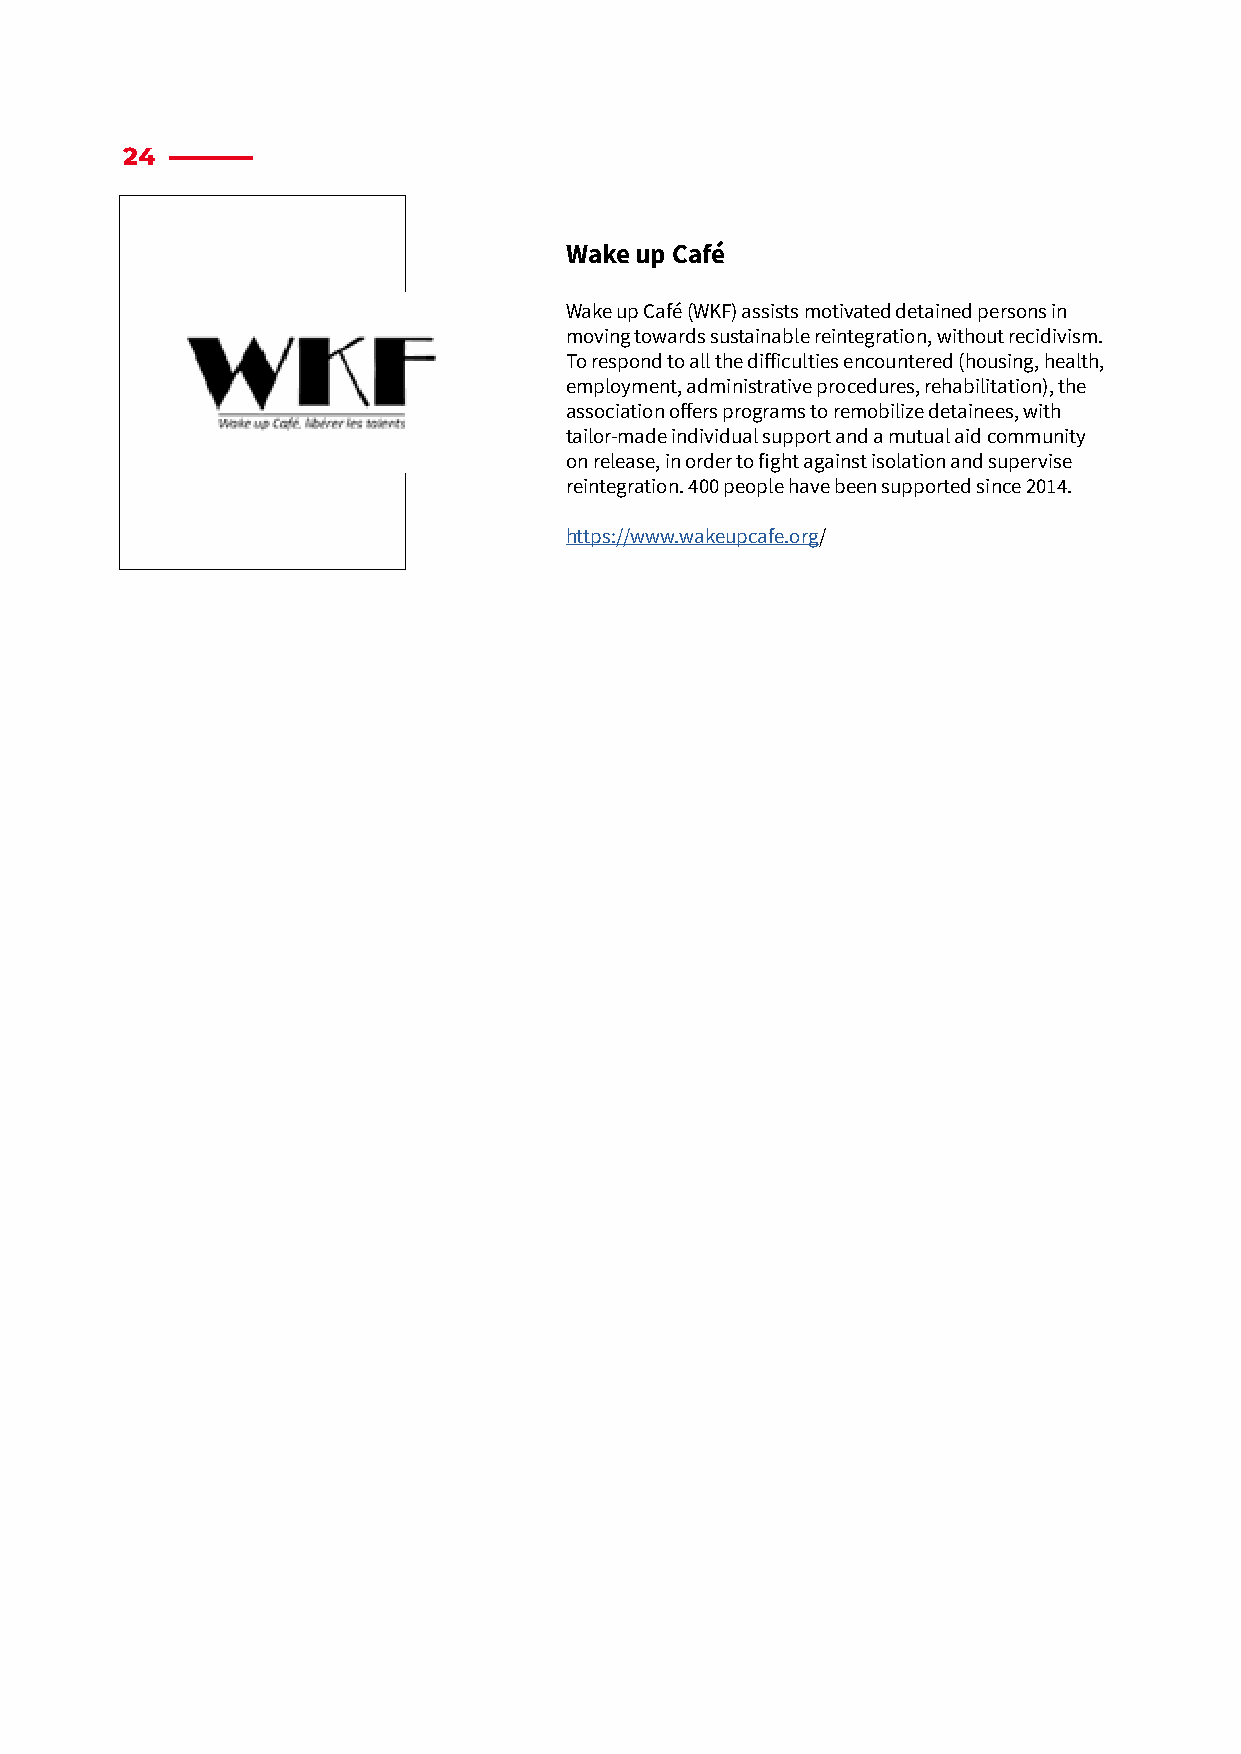
24
 Wake up Café
 Wake up Café (WKF) assists motivated detained persons in
 moving towards sustainable reintegration, without recidivism.
 To respond to all the difficulties encountered (housing, health,
 employment, administrative procedures, rehabilitation), the
 association offers programs to remobilize detainees, with
 tailor-made individual support and a mutual aid community
 on release, in order to fight against isolation and supervise
 reintegration. 400 people have been supported since 2014.
 https://www.wakeupcafe.org/